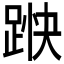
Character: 𮛞